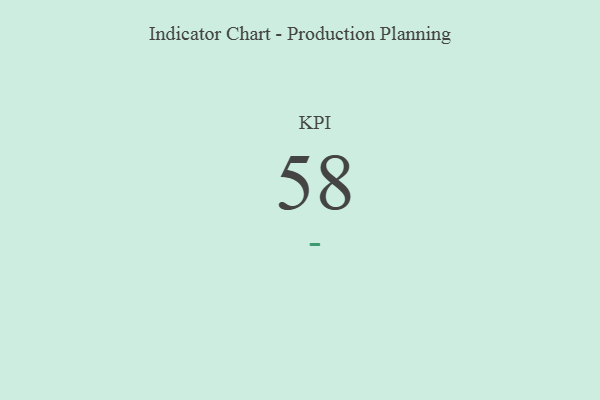
{"axis": {"x": "KPI", "y": "Value"}, "legend": [""], "data": [{"x": "KPI", "y": 58, "type": ""}]}